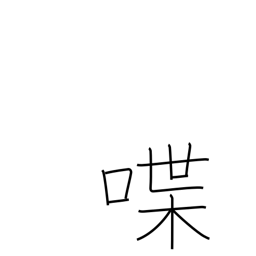
Meaning: talk